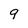
Character: 9